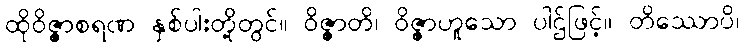
ထိုဝိဇ္ဇာစရဏ နှစ်ပါးတို့တွင်။ ဝိဇ္ဇာတိ၊ ဝိဇ္ဇာဟူသော ပါဌ်ဖြင့်။ တိဿောပိ၊